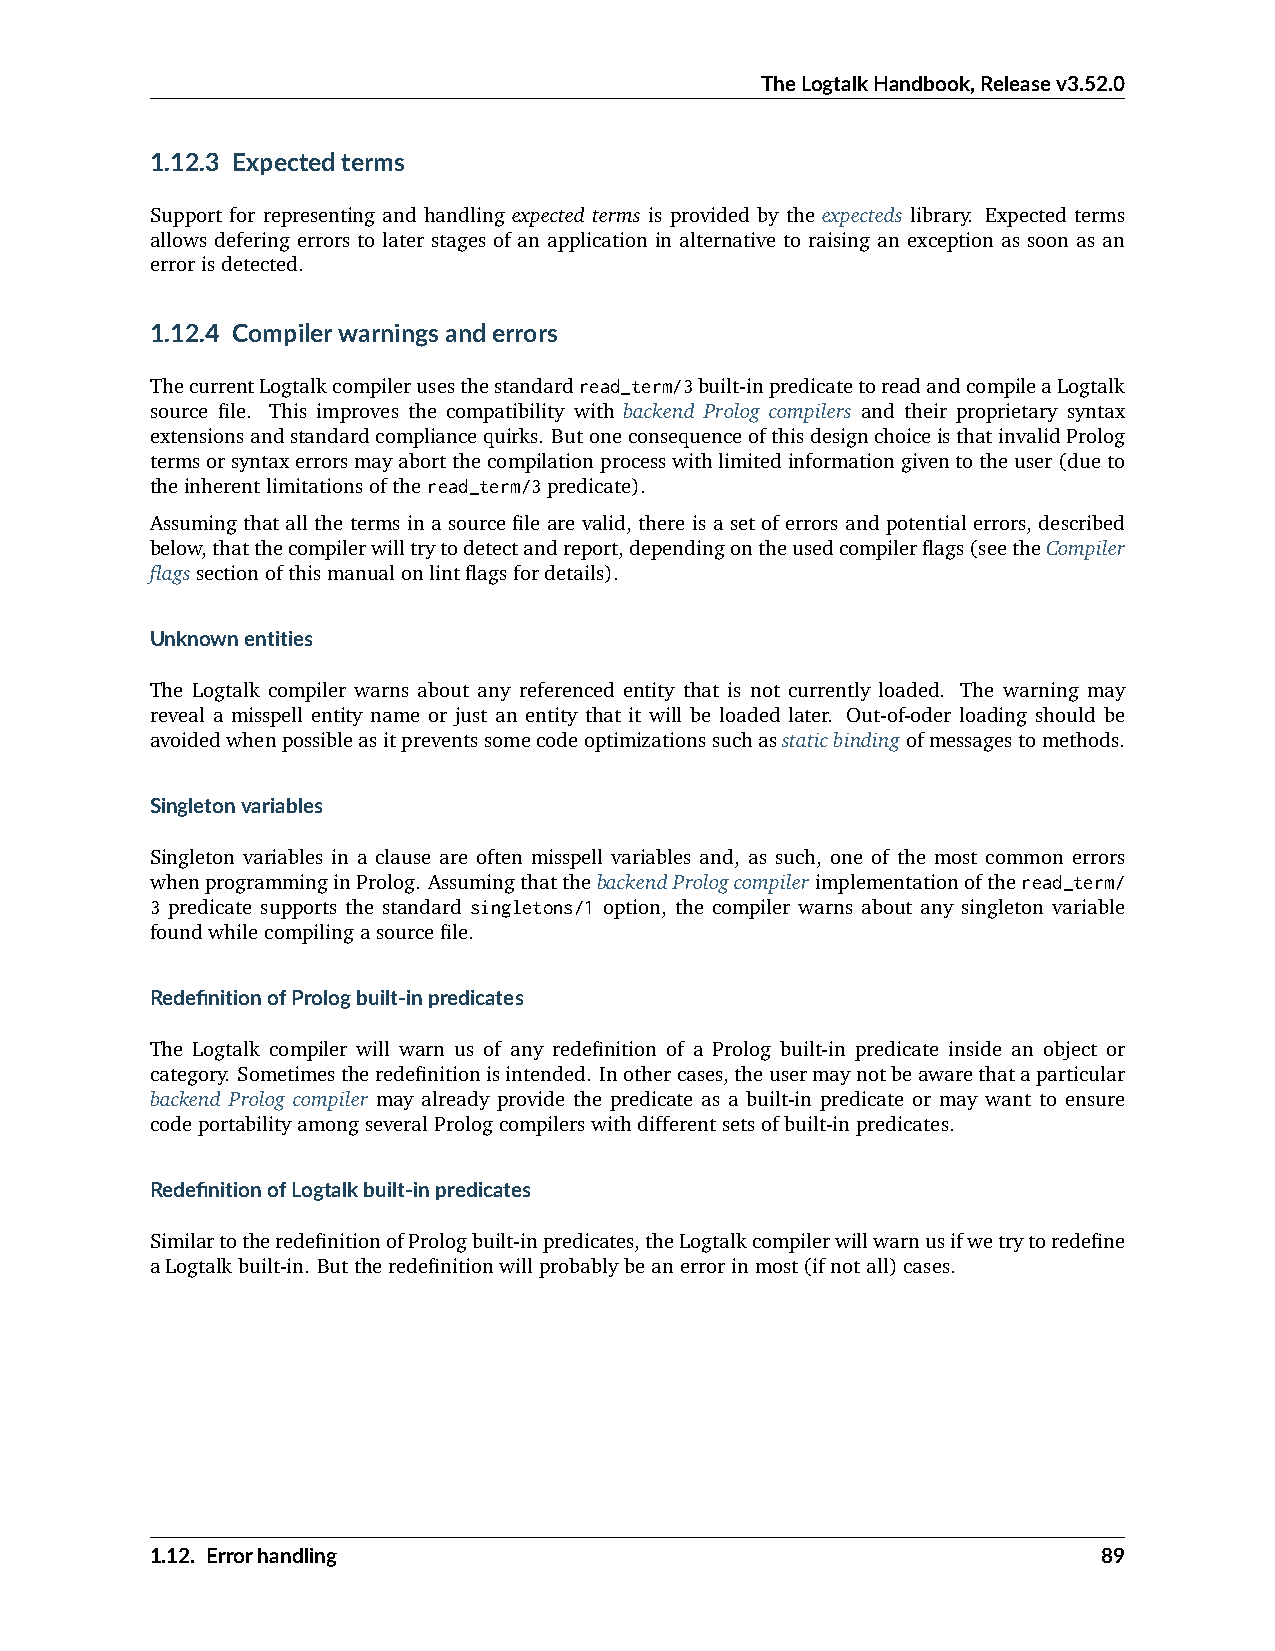
TheLogtalkHandbook,Releasev3.52.0
 1.12.3 Expectedterms
 Support for representing and handling expected terms is provided by the expecteds library. Expected terms
 allows defering errors to later stages of an application in alternative to raising an exception as soon as an
 errorisdetected.
 1.12.4 Compilerwarningsanderrors
 ThecurrentLogtalkcompilerusesthestandardread_term/3built-inpredicatetoreadandcompileaLogtalk
 source file. This improves the compatibility with backend Prolog compilers and their proprietary syntax
 extensionsandstandardcompliancequirks. ButoneconsequenceofthisdesignchoiceisthatinvalidProlog
 termsorsyntaxerrorsmayabortthecompilationprocesswithlimitedinformationgiventotheuser(dueto
 theinherentlimitationsoftheread_term/3predicate).
 Assuming that all the terms in a source file are valid, there is a set of errors and potential errors, described
 below,thatthecompilerwilltrytodetectandreport,dependingontheusedcompilerflags(seetheCompiler
 flagssectionofthismanualonlintflagsfordetails).
 Unknownentities
 The Logtalk compiler warns about any referenced entity that is not currently loaded. The warning may
 reveal a misspell entity name or just an entity that it will be loaded later. Out-of-oder loading should be
 avoidedwhenpossibleasitpreventssomecodeoptimizationssuchasstaticbindingofmessagestomethods.
 Singletonvariables
 Singleton variables in a clause are often misspell variables and, as such, one of the most common errors
 whenprogramminginProlog. AssumingthatthebackendPrologcompilerimplementationoftheread_term/
 3 predicate supports the standard singletons/1 option, the compiler warns about any singleton variable
 foundwhilecompilingasourcefile.
 RedefinitionofPrologbuilt-inpredicates
 The Logtalk compiler will warn us of any redefinition of a Prolog built-in predicate inside an object or
 category. Sometimestheredefinitionisintended. Inothercases,theusermaynotbeawarethataparticular
 backend Prolog compiler may already provide the predicate as a built-in predicate or may want to ensure
 codeportabilityamongseveralPrologcompilerswithdifferentsetsofbuilt-inpredicates.
 RedefinitionofLogtalkbuilt-inpredicates
 SimilartotheredefinitionofPrologbuilt-inpredicates,theLogtalkcompilerwillwarnusifwetrytoredefine
 aLogtalkbuilt-in. Buttheredefinitionwillprobablybeanerrorinmost(ifnotall)cases.
 1.12. Errorhandling                                            89